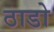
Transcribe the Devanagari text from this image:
ठाडो